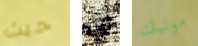
حيث أي مونيك